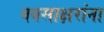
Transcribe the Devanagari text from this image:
नवसाक्षरांना